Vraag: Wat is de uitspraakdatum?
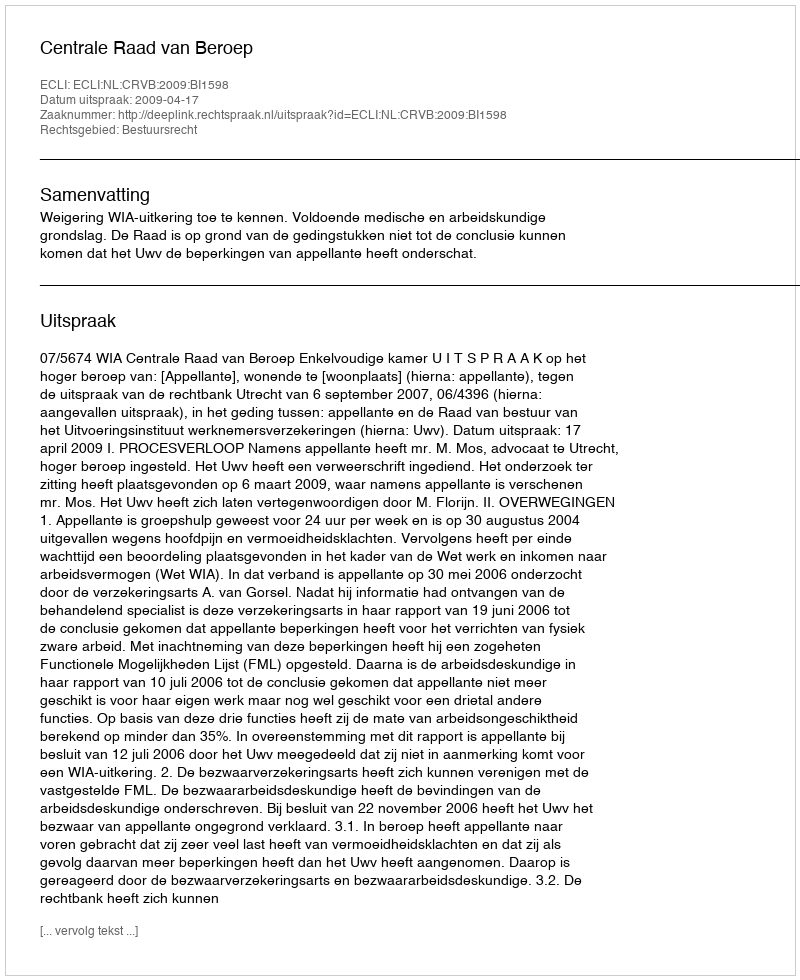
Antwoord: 2009-04-17